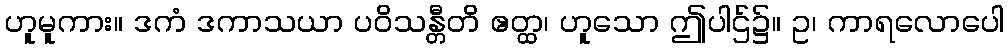
ဟူမူကား။ ဒကံ ဒကာသယာ ပဝိသန္တီတိ ဧတ္ထ၊ ဟူသော ဤပါဌ်၌။ ဥ၊ ကာရလောပေါ